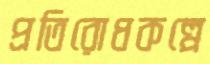
প্রতিরোধকল্পে